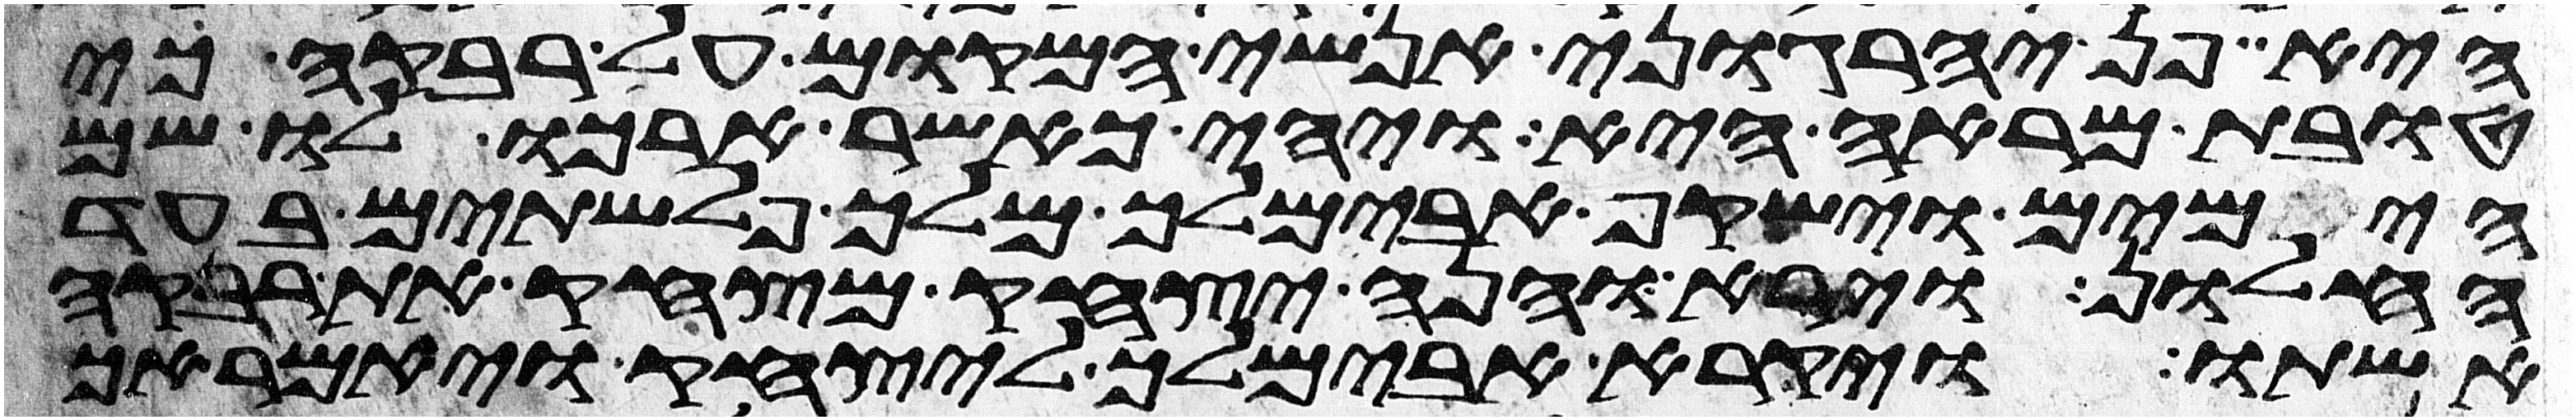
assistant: היא פן יהרגוני אנשי המקום על רבקה כי
טובת מראה היא ויהי כאשר הרכו לו שם
הימים וישקף אבימלך מלך פלשתים בעד
החלון וירא והנה יצחק מצחק את רבקה
אשתו ויקרא אבימלך ליצחק ויאמר אך